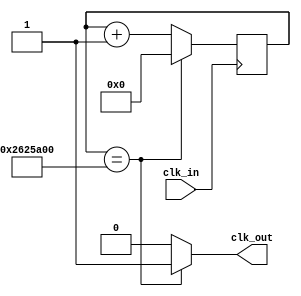
`timescale 1ns / 1ps
//////////////////////////////////////////////////////////////////////////////////
// Company: 
// Engineer: 
// 
// Design Name: 
// Module Name: divide_2p5Hz
// Project Name: 
// Target Devices: 
// Tool Versions: 
// Description: 
// 
// Dependencies: 
// 
// Revision:
// Revision 0.01 - File Created
// Additional Comments:
// 
//////////////////////////////////////////////////////////////////////////////////


module divide_2p5Hz(
    input clk_in,
    output clk_out
    );
    reg elapsed;
    reg [27:0] state;
    
    always @(posedge clk_in)
        if (state == 40000000) state <= 0;
        else state <= state + 1;
    always @(state)
        if (state == 40000000) elapsed <= 1;
        else elapsed <= 0;
        
    assign clk_out = elapsed;
endmodule